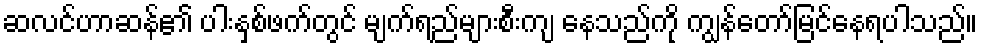
ဆလင်ဟာဆန်၏ ပါးနှစ်ဖက်တွင် မျက်ရည်များစီးကျ နေသည်ကို ကျွန်တော်မြင်နေရပါသည်။